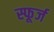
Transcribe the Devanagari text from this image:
स्फूर्ज